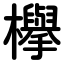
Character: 欅